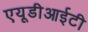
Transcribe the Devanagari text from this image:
एयूडीआईटी